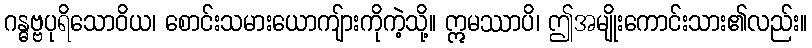
ဂန္ဓဗ္ဗပုရိသောဝိယ၊ စောင်းသမားယောကျ်ားကိုကဲ့သို့။ ဣမဿာပိ၊ ဤအမျိုးကောင်းသား၏လည်း။